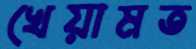
খেয়ামত